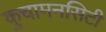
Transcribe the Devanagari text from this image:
कुचामनसिटी